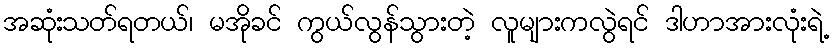
အဆုံးသတ်ရတယ်၊ မအိုခင် ကွယ်လွန်သွားတဲ့ လူများကလွဲရင် ဒါဟာအားလုံးရဲ့